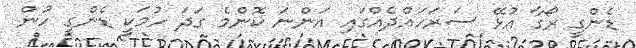
ޑެންގީ ރޯގާ އުޅޭ ސަރަހައްދެއްގައި އަންނަ ކޮންމެ ގަދަ ހުމަކީ ޑެންގީ ހުން